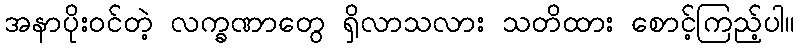
အနာပိုးဝင်တဲ့ လက္ခဏာတွေ ရှိလာသလား သတိထား စောင့်ကြည့်ပါ။